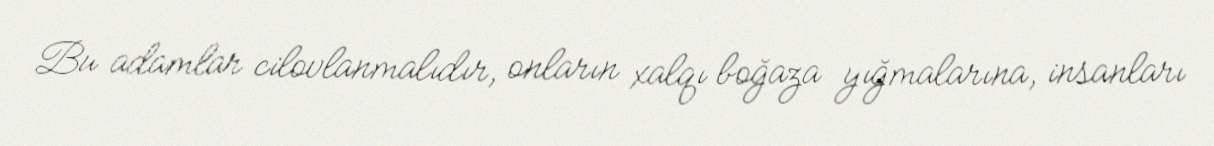
Bu adamlar cilovlanmalıdır, onların xalqı boğaza yığmalarına, insanları